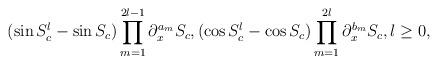
LaTeX: \begin{align*} (\sin S_c^l-\sin S_c) \prod_{m=1}^{2l-1}\partial_{x}^{a_m} S_c, (\cos S_c^l-\cos S_c) \prod_{m=1}^{2l} \partial_{x}^{b_m} S_c, l\ge 0,\end{align*}